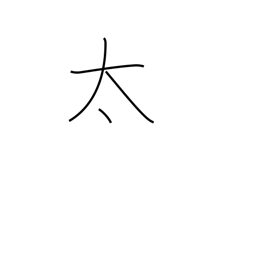
Meaning: thick